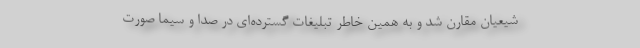
شیعیان مقارن شد و به همین خاطر تبلیغات گسترده‌ای در صدا و سیما صورت